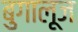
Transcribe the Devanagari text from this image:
बुगालूज